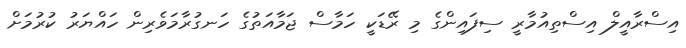
އިސްރާއީލް އިސްތިއުމާރީ ސިފައިންގެ މި ރޭޑަކީ ހަމާސް ޖަމާއަތުގެ ހަނގުރާމަވެރިން ހައްޔަރު ކުރުމަށް